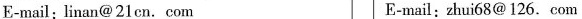
E-mail: li nan@ 21cn. com E-mail:zhui 68@ 126.com